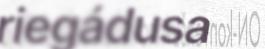
riegádusa